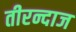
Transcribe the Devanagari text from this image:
तीरन्दाज